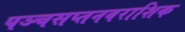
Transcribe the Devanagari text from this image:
पञ्चसप्तनवराशिक